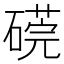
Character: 𥕜